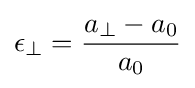
\epsilon _{\perp }={\frac {a_{\perp }-a_{0}}{a_{0}}}